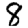
Digit: 8